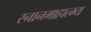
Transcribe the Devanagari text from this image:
स्नानमाहात्म्य